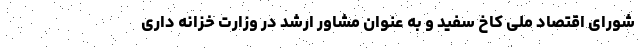
شورای اقتصاد ملی کاخ سفید و به عنوان مشاور ارشد در وزارت خزانه داری